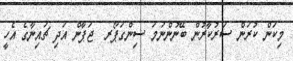
މިކަން ކުރަން ސަރުކާރުން ބޭނުންނަމަ ސިންގަޕޯރ  ޖަޕާން އަދި ޗައިނާގެ އެހީ